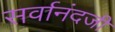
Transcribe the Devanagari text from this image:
सर्वानंदजी